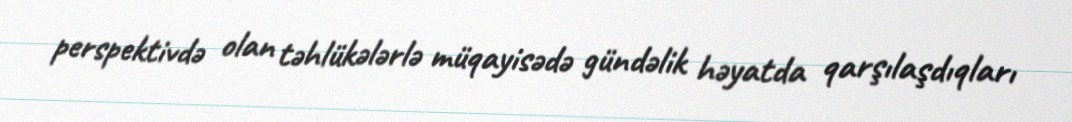
perspektivdə olan təhlükələrlə müqayisədə gündəlik həyatda qarşılaşdıqları